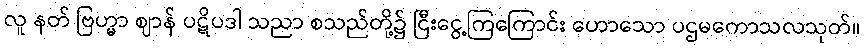
လူ နတ် ဗြဟ္မာ ဈာန် ပဋိပဒါ သညာ စသည်တို့၌ ငြီးငွေ့ကြကြောင်း ဟောသော ပဌမကောသလသုတ်။